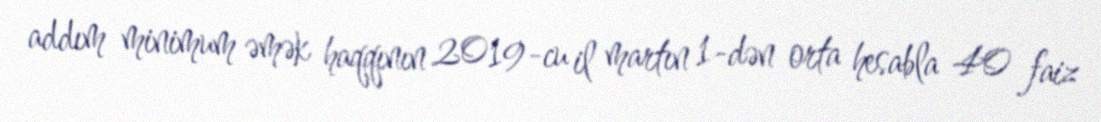
addım minimum əmək haqqının 2019-cu il martın 1-dən orta hesabla 40 faiz